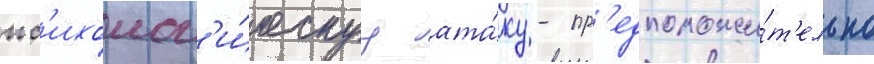
пс'ихолог'и́ческуу ата́ку - пр'едположи́т'ельно